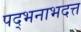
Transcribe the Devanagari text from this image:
पद्भनाभदत्त